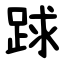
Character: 䟵